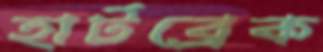
হার্টব্রেক